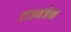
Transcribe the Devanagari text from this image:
टाउनजेन